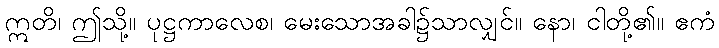
ဣတိ၊ ဤသို့။ ပုဋ္ဌကာလေစ၊ မေးသောအခါ၌သာလျှင်။ နော၊ ငါတို့၏။ ဧကံ